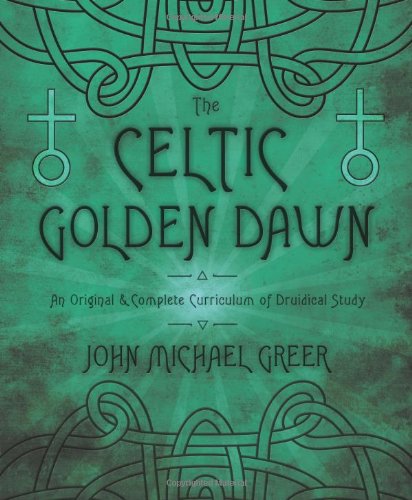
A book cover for The Celtic Golden Dawn: An Original & Complete Curriculum of Druidical Study; John Michael Greer; Religion & Spirituality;